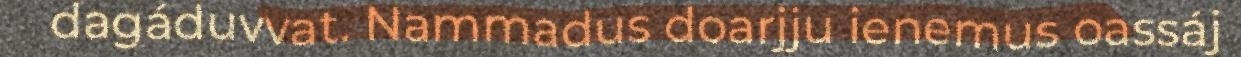
dagáduvvat. Nammadus doarjju ienemus oassáj